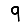
Digit: 9